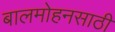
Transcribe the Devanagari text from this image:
बालमोहनसाठी